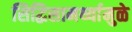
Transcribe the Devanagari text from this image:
सिद्धिसामर्थ्यामुळे